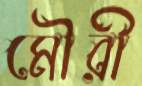
মৌরী